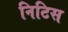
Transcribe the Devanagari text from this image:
निटिस